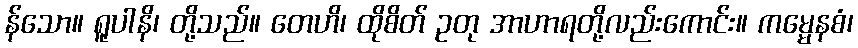
န်သော။ ရူပါနိ၊ တို့သည်။ တေဟိ၊ ထိုစိတ် ဥတု အာဟာရတို့လည်းကောင်း။ ကမ္မေနစံ၊